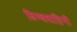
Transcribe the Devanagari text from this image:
डिम्बवाहिनी